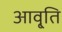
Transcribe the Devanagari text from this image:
आवृ्ति